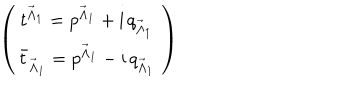
LaTeX: \left( \begin{matrix} { { t ^ { { \vec { \Lambda } } _ { 1 } } = p ^ { { \vec { \Lambda } } _ { 1 } } + \mathrm { i } \, q _ { { \vec { \Lambda } } _ { 1 } } \, } } \\ { { { \bar { t } } _ { { \vec { \Lambda } } _ { 1 } } = p ^ { { \vec { \Lambda } } _ { 1 } } - \mathrm { i } \, q _ { { \vec { \Lambda } } _ { 1 } } \, } } \\ \end{matrix} \right)